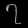
Digit: ၇